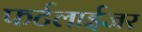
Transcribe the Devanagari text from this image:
फर्टलाईजर